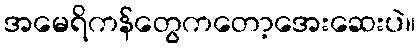
အမေရိကန်တွေကတော့အေးဆေးပဲ။